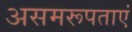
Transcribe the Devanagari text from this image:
असमरूपताएं